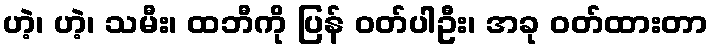
ဟဲ့၊ ဟဲ့၊ သမီး၊ ထဘီကို ပြန် ဝတ်ပါဦး၊ အခု ဝတ်ထားတာ